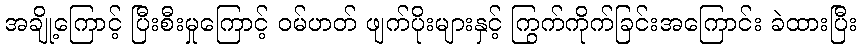
အချို့ကြောင့် ပြီးစီးမှုကြောင့် ဝမ်ဟတ် ဖျက်ပိုးများနှင့် ကြွက်ကိုက်ခြင်းအကြောင်း ခဲထားပြီး